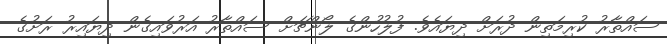
ސައްތާރު ކުރިމަތިން ދުރަށް ދިޔައެވެ. ފުލުހުންގެ ލޯންޗަށް ސައްތާރު އަރުވައިގެން ދިޔައިރު ރަށުގެ